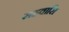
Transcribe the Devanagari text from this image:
सहवासि